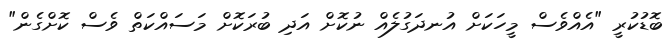
ބޮޑުކުރީ "އެއްވެސް މީހަކަށް އުނދަގުލެއް ނުކޮށް އަދި ބުރަކޮށް މަސައްކަތް ވެސް ކޮށްގެން"